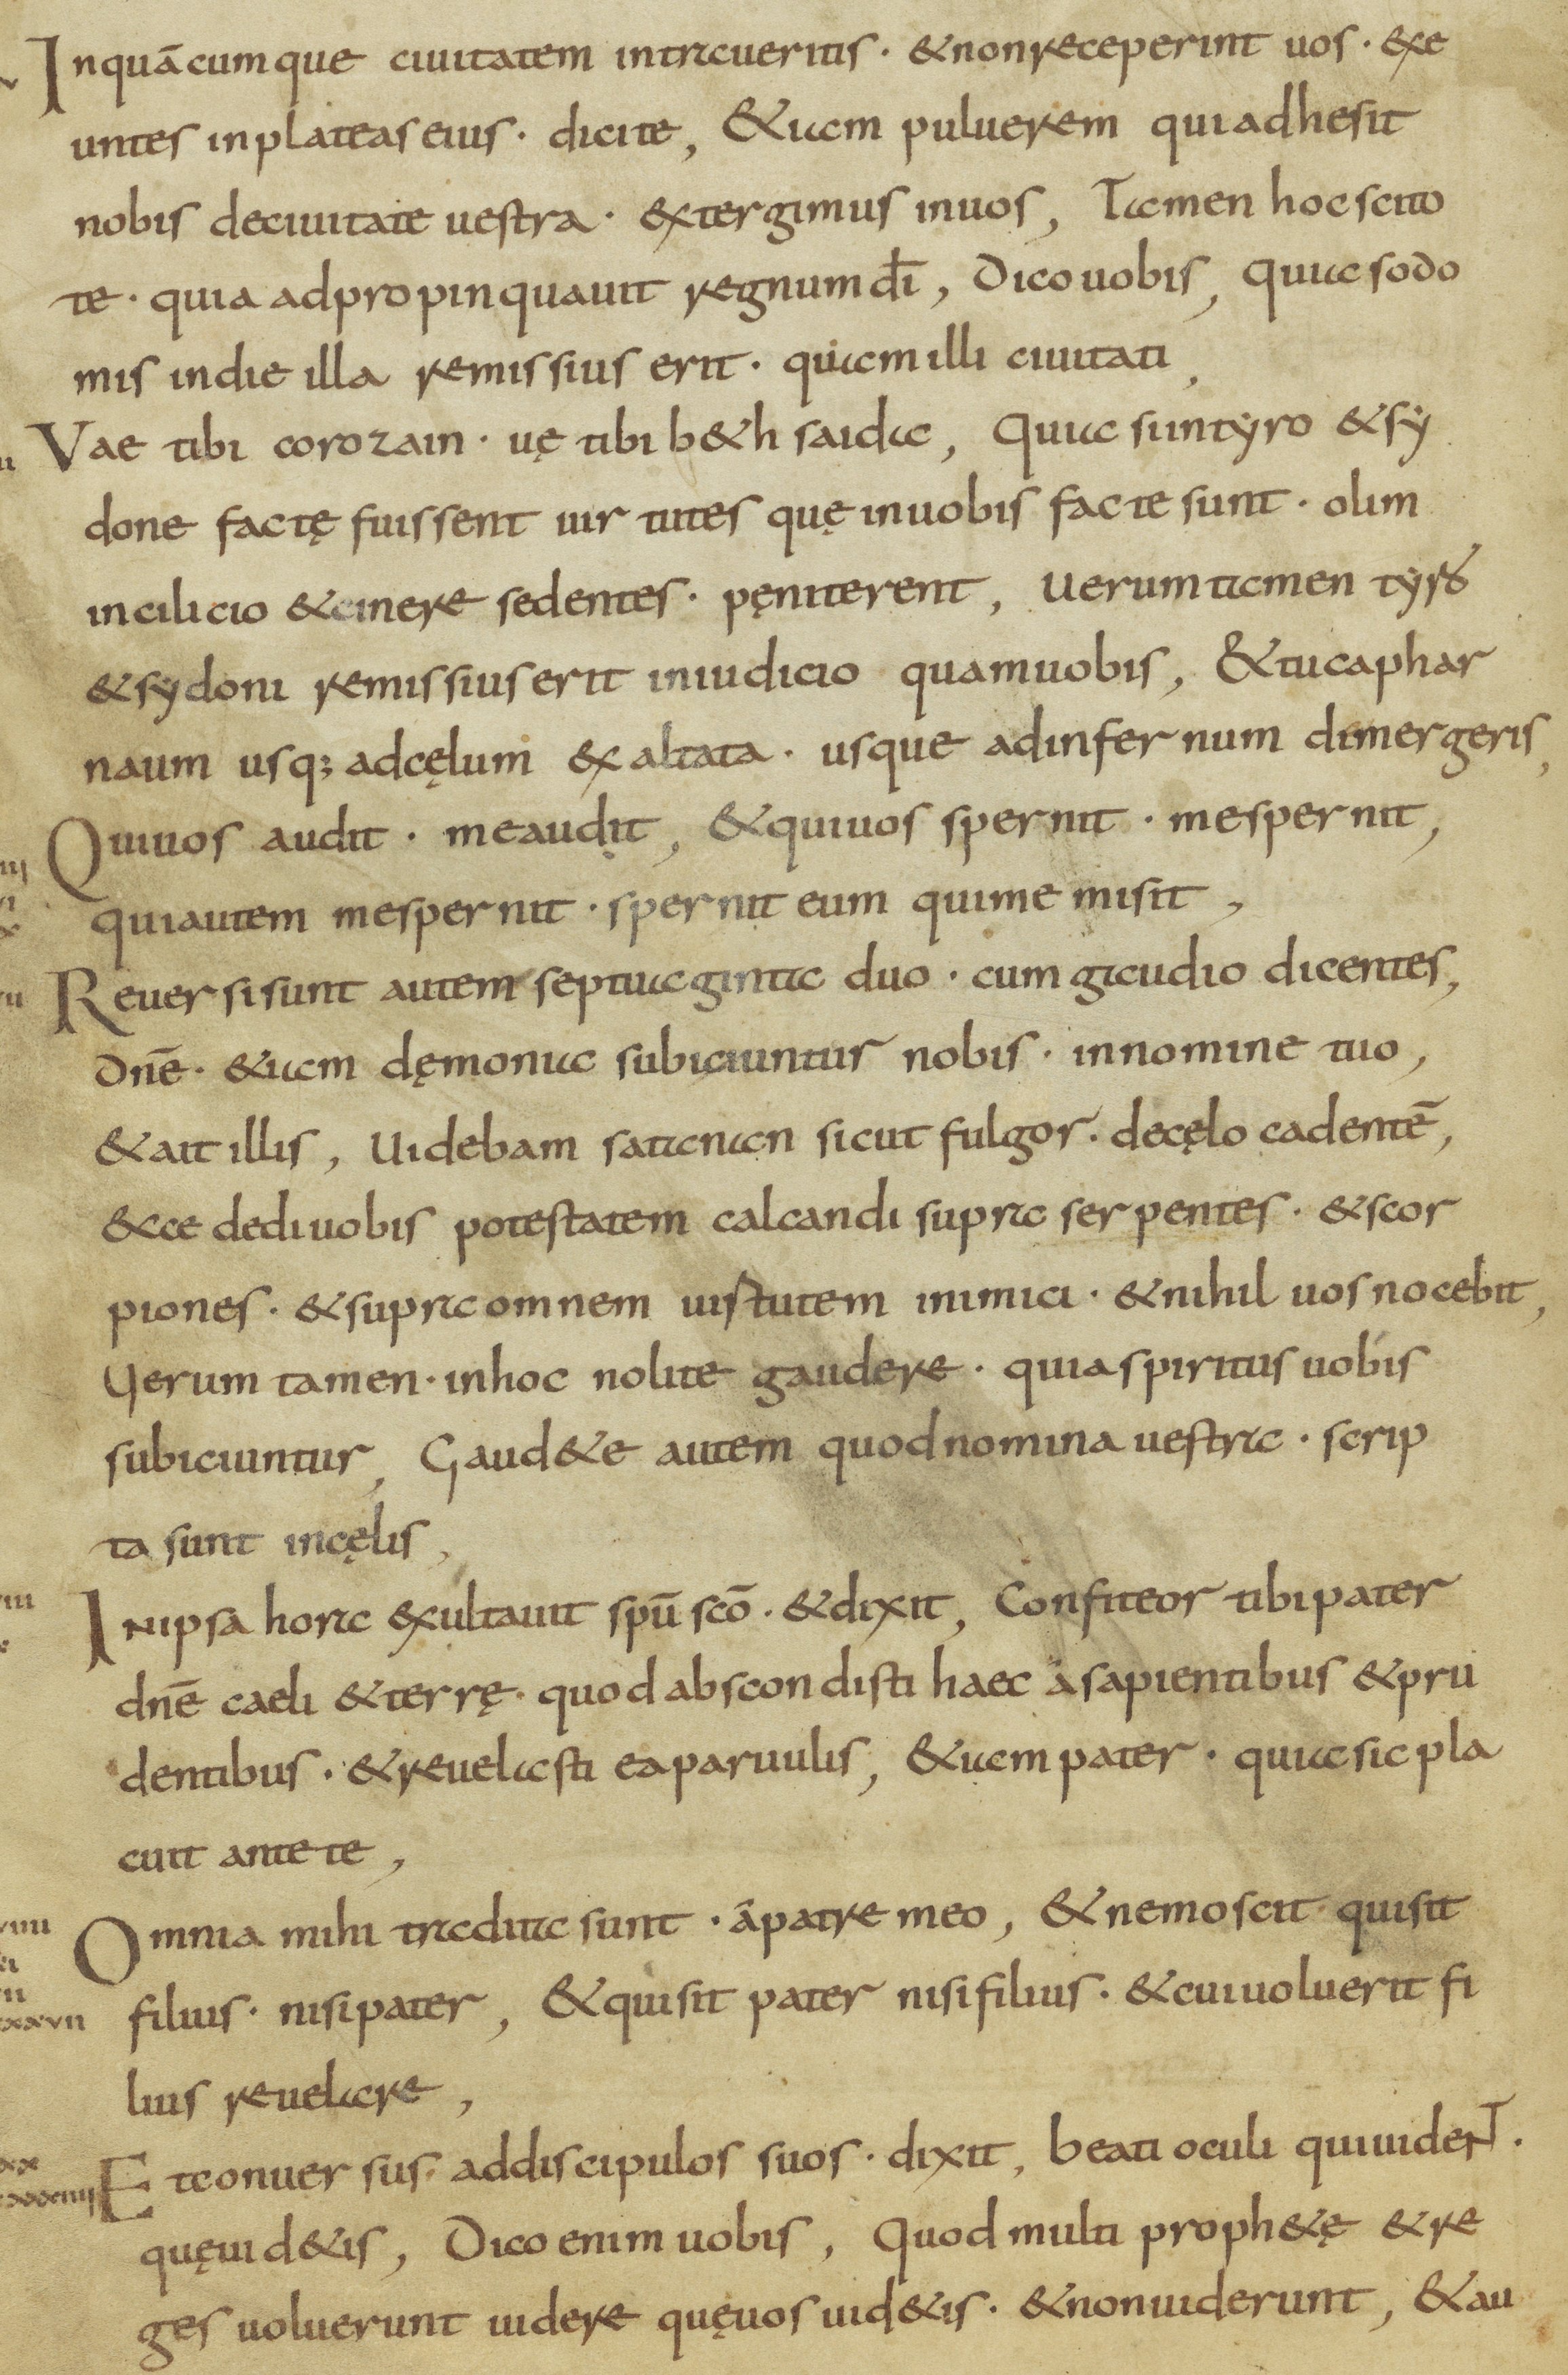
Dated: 800–899